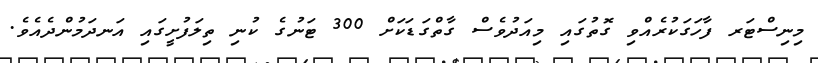
މިނިސްޓަރ ފާހަގަކުރެއްވި ގޮތުގައި މިއަދުވެސް ގާތްގަޑަކަށް 300 ޓަނުގެ ކުނި ތިލަފުށީގައި އަނދަމުންދެއެވެ.